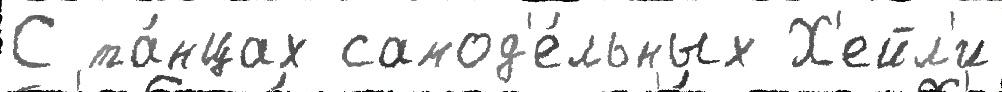
С та́нцах самод'е́льных Х'ейл'и